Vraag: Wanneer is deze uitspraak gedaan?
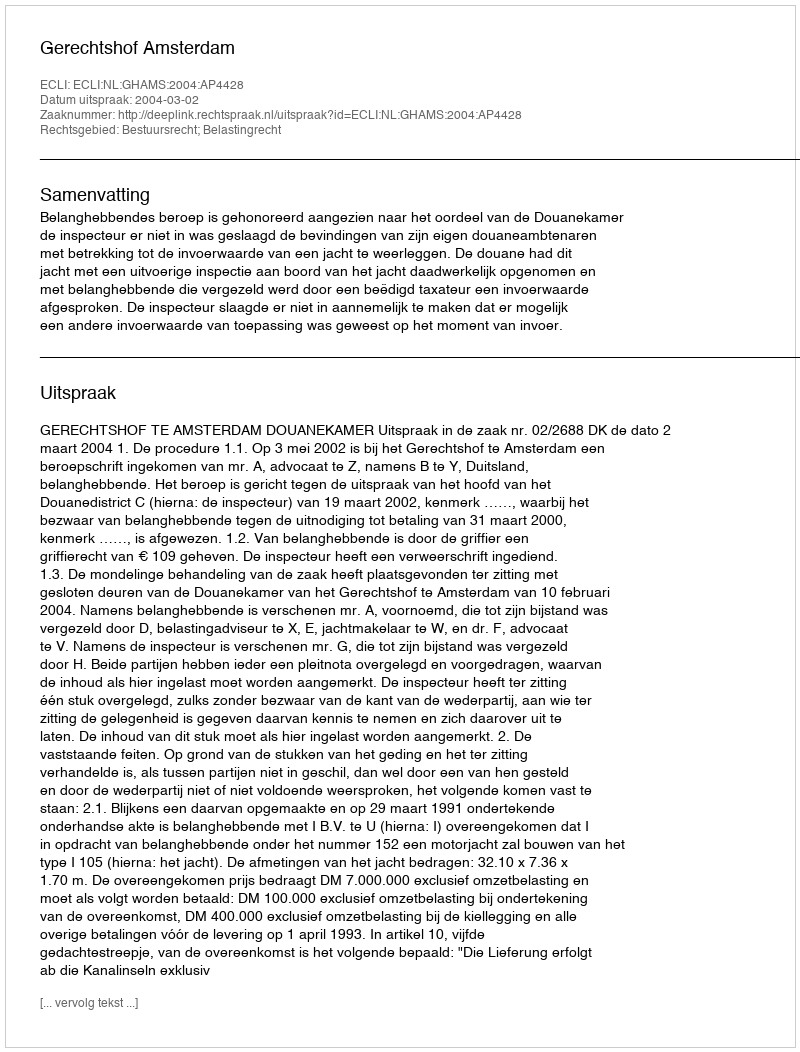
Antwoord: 2004-03-02